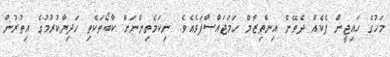
މަހުގެ ހައިޖީން ޕެކެއް ދެވޭނެ އިންތިޒާމް ހަމަޖައްސާފަވެއެވެ. ނިކަމެތިންނަށް ކާބޯތަކެތި ހަދިޔާކުރުމުގެ އިތުރުން